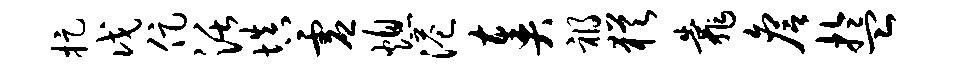
捉戊促活填虚熄港奏祸犹靠詹盂